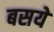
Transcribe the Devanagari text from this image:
बसये